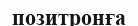
позитронға